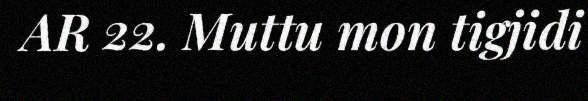
AR 22. Muttu mon tigjidi